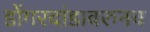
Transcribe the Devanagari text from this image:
डोंगरदांडावरुनच